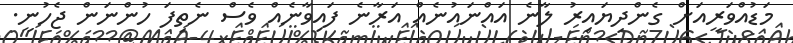
މަޑުއްވަރީއަށް ގެންދިޔައިރު ލާނެ އައްނައުނެއް އަރާނެ ފައިވާނެއް ވެސް ނެތިފަ ހުންނަން ޖެހުނީ.